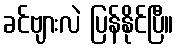
ခင်ဗျားလဲ ပြန်နိုင်ပြီ။